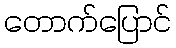
တောက်ပြောင်